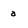
Character: a